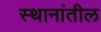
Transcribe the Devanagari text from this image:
स्थानांतील